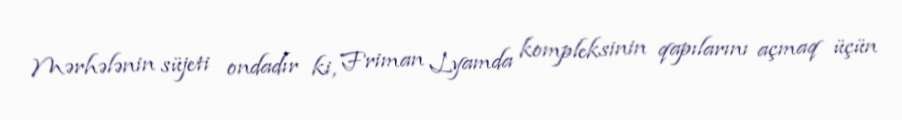
Mərhələnin süjeti ondadır ki, Friman Lyamda kompleksinin qapılarını açmaq üçün